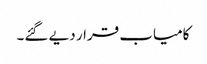
کامیاب قرار دیے گئے۔